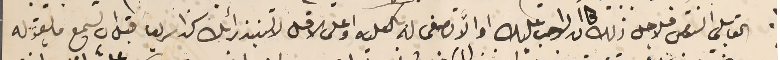
القابلي النص فلاجل ذلك كان الواجب عليك او الاَّ تصغى له بالكليه او على الاقل لا تسنيد رأيك لهذا سريعا قبل ان تسمع ما يقوله